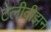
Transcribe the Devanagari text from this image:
टेलीवीझन